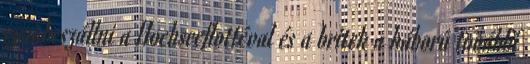
szembeszállni a Hochseeflottéval és a britek a háború további